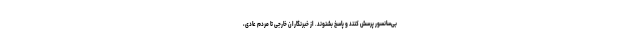
بی‌سانسور پرسش کنند و پاسخ بشنوند. از خبرنگاران خارجی تا مردم عادی،